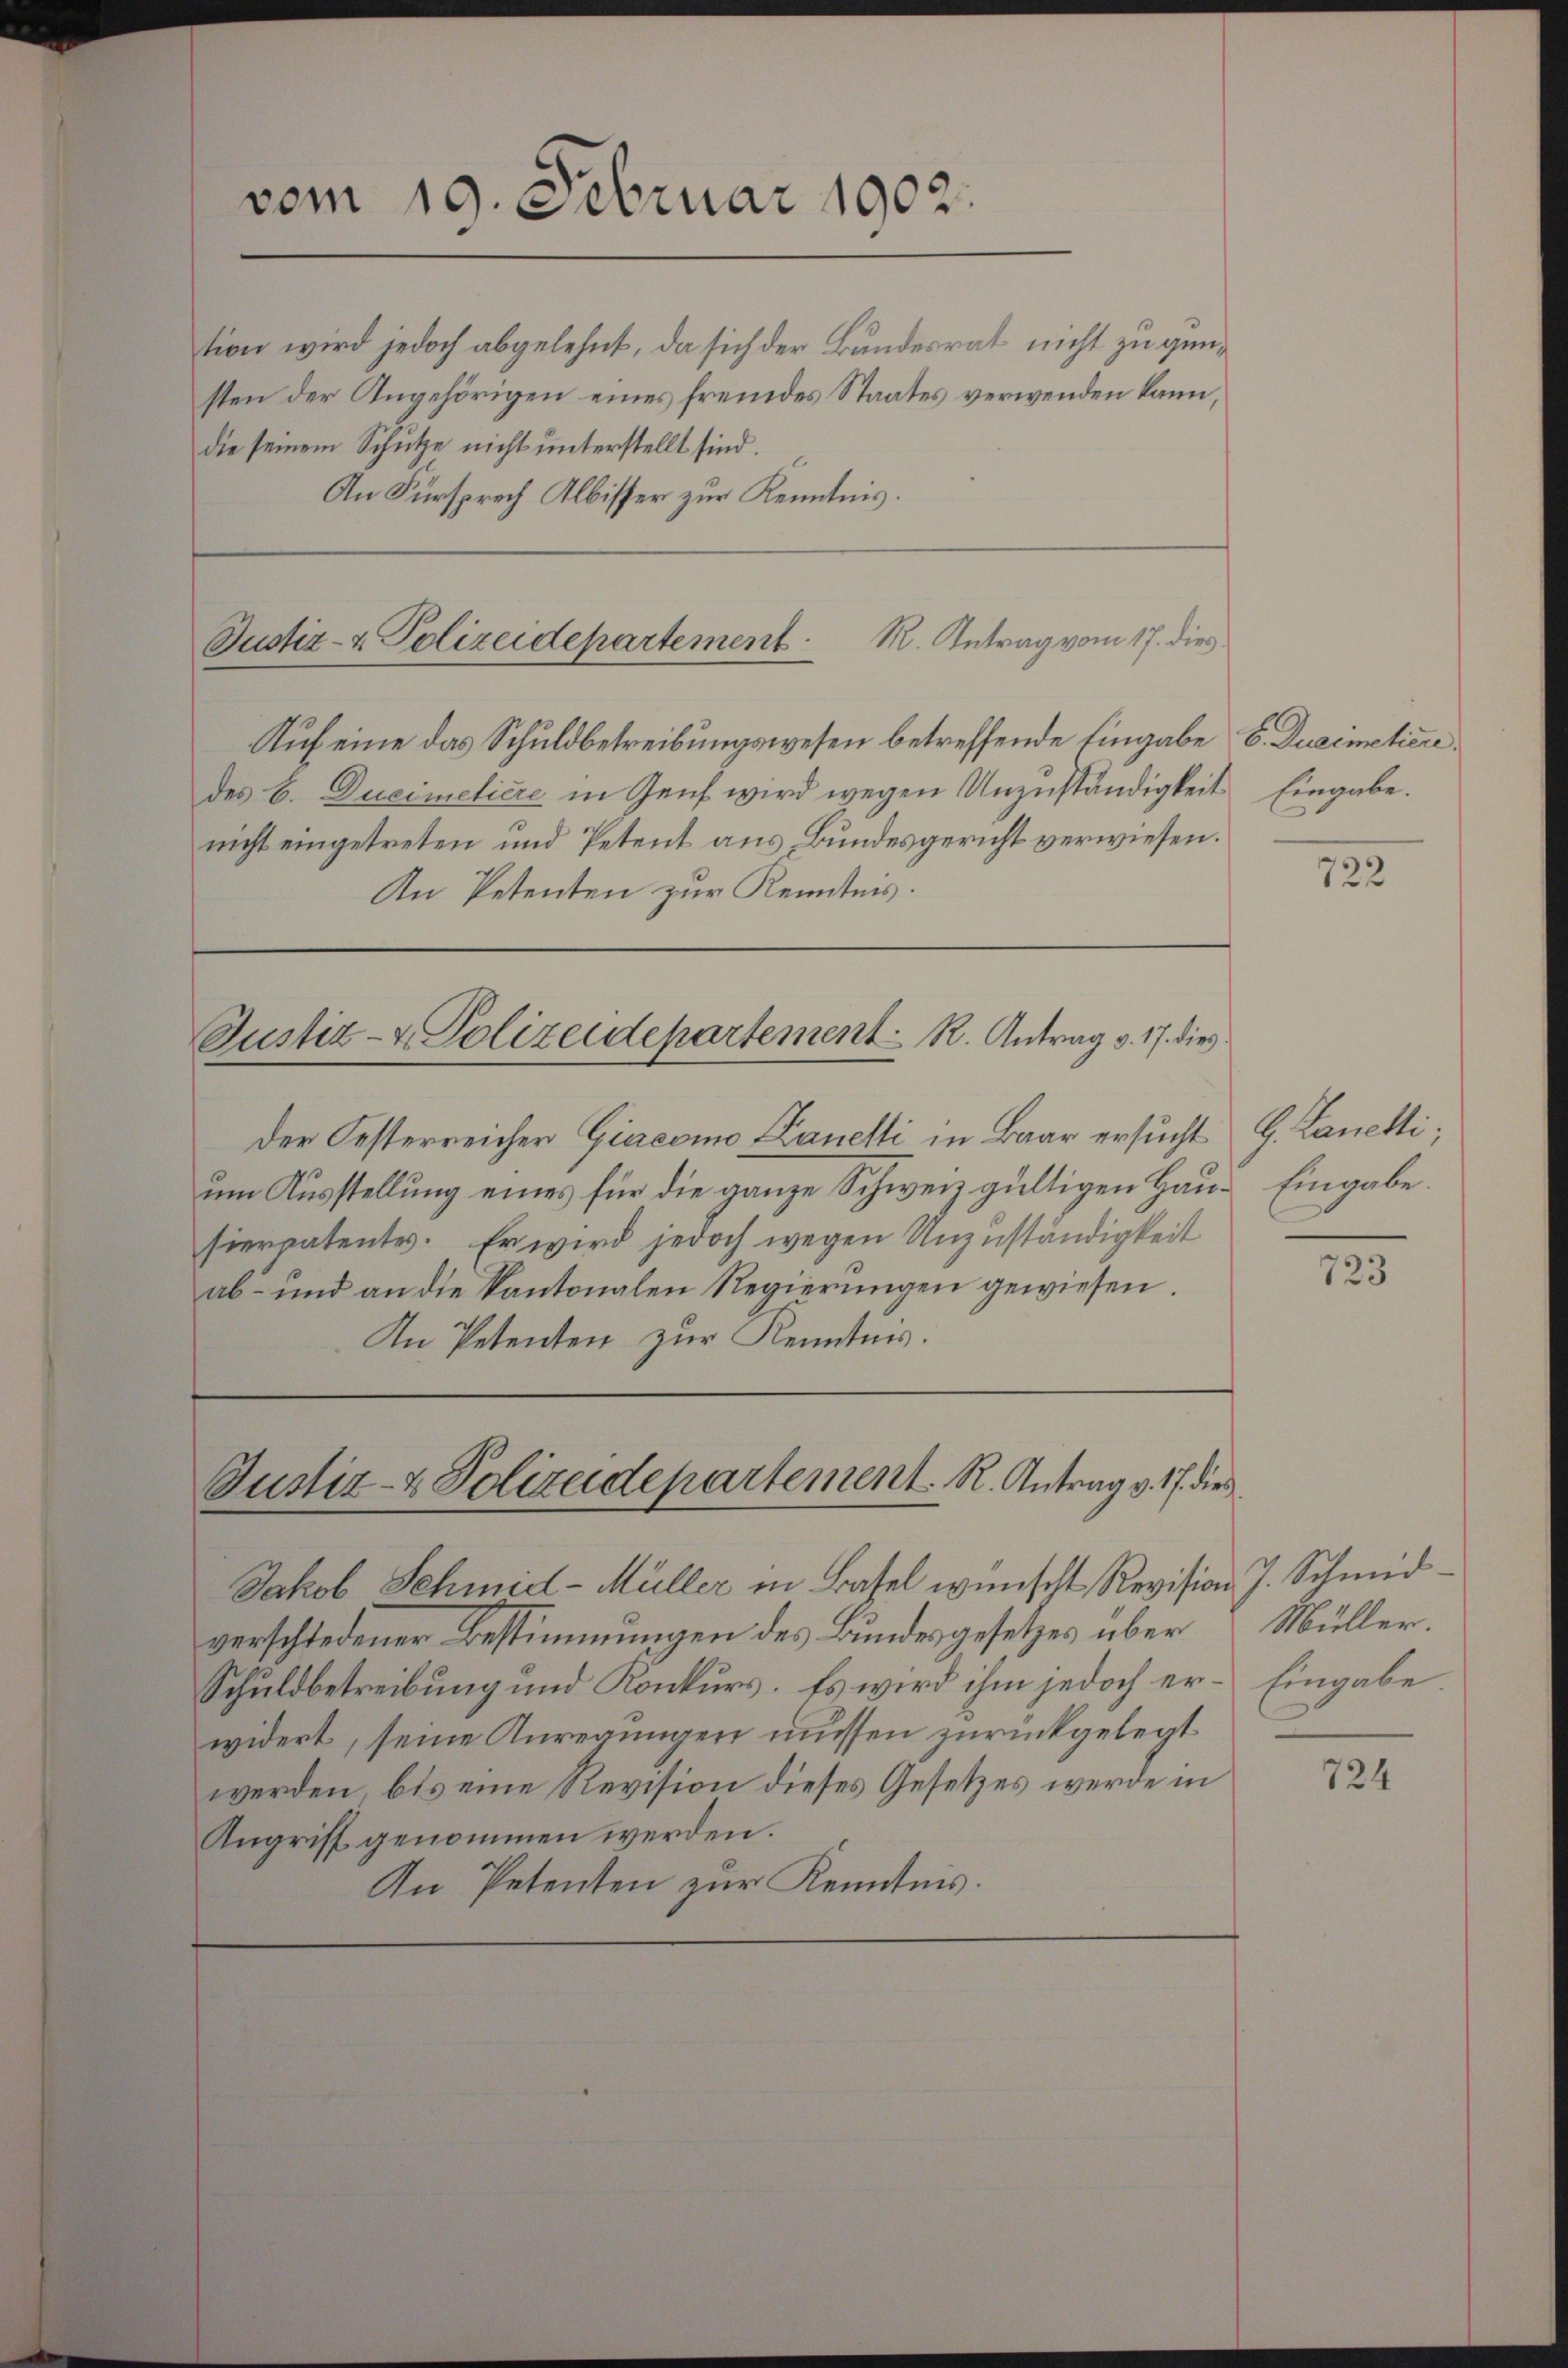
vom 19. Februar 1902.

tion wird jedoch abgelehnt, da sich der Bundesrat nicht zu günsten der Angehörigen eines fremdes Staates verwenden kann,
die seinem Schutze nicht unterstellt sind.
An Fürsprech Albisser zur Kenntnis.

R. Antrag vom 17. dies
Justiz- & Polizeidepartement
Auf eine das Schuldbetreibungswesen betreffende Eingabe E. Ducimetiere

des b. Ducimeliere in Genf wird wegen Unzuständigkeit Eingabe.
nicht eingetreten und Petent aus Bundesgericht verwiesen.
An Petenten zur Kenntnis.

Der Festerreicher Giacomo Lanetti in Baar ersucht G. Lanetti.
um Ausstellung eines für die ganze Schweiz gültigen Haus Eingabe
sierpatentes. Er wird jedoch wegen Unzuständigkeit
ab- und an die Kantonalen Regierŭngen gewiesen.
An Petenten zur Kenntnis.

Jakob Schmid-Müller in Basel wünscht Revision J. Schmidverschiedener Bestimmungen des Bundesgesetzes über Müller¬
Schuldbetreibung und Konkurs. Es wird ihm jedoch er- Eingabe
widert, seine Anregungen müssen zurückgelegt
werden, bis eine Revision dieses Gesetzes werde in
Angriff genommen werden.
An Petenten zur Kenntnis.

Justiz- & Polizeidepartement K. Antrag v. 17. dies

Justiz- & Polizeidepartement. R. Antrag v. 17. die

722

723

724